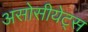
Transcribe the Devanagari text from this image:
असोसीयेट्स